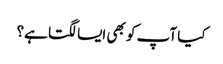
کیا آپ کو بھی ایسا لگتا ہے؟